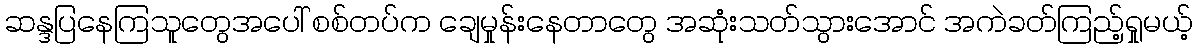
ဆန္ဒပြနေကြသူတွေအပေါ် စစ်တပ်က ချေမှုန်းနေတာတွေ အဆုံးသတ်သွားအောင် အကဲခတ်ကြည့်ရှုမယ့်